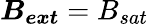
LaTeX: \boldsymbol{B_{ext}}=B_{sat}